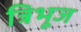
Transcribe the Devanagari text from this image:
त्रिभूज